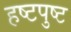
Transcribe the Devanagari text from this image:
हष्टपुष्ट